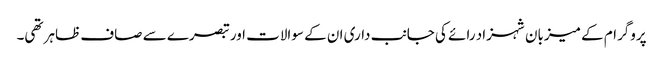
پروگرام کے میزبان شہزاد رائے کی جانب داری ان کے سوالات اور تبصرے سے صاف ظاہر تھی۔